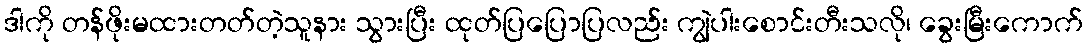
ဒါကို တန်ဖိုးမထားတတ်တဲ့သူနား သွားပြီး ထုတ်ပြပြောပြလည်း ကျွဲပါးစောင်းတီးသလို၊ ခွေးမြီးကောက်